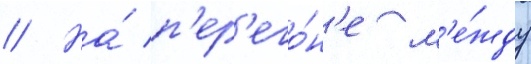
// На́ п'ер'его́н'е м'е́жду